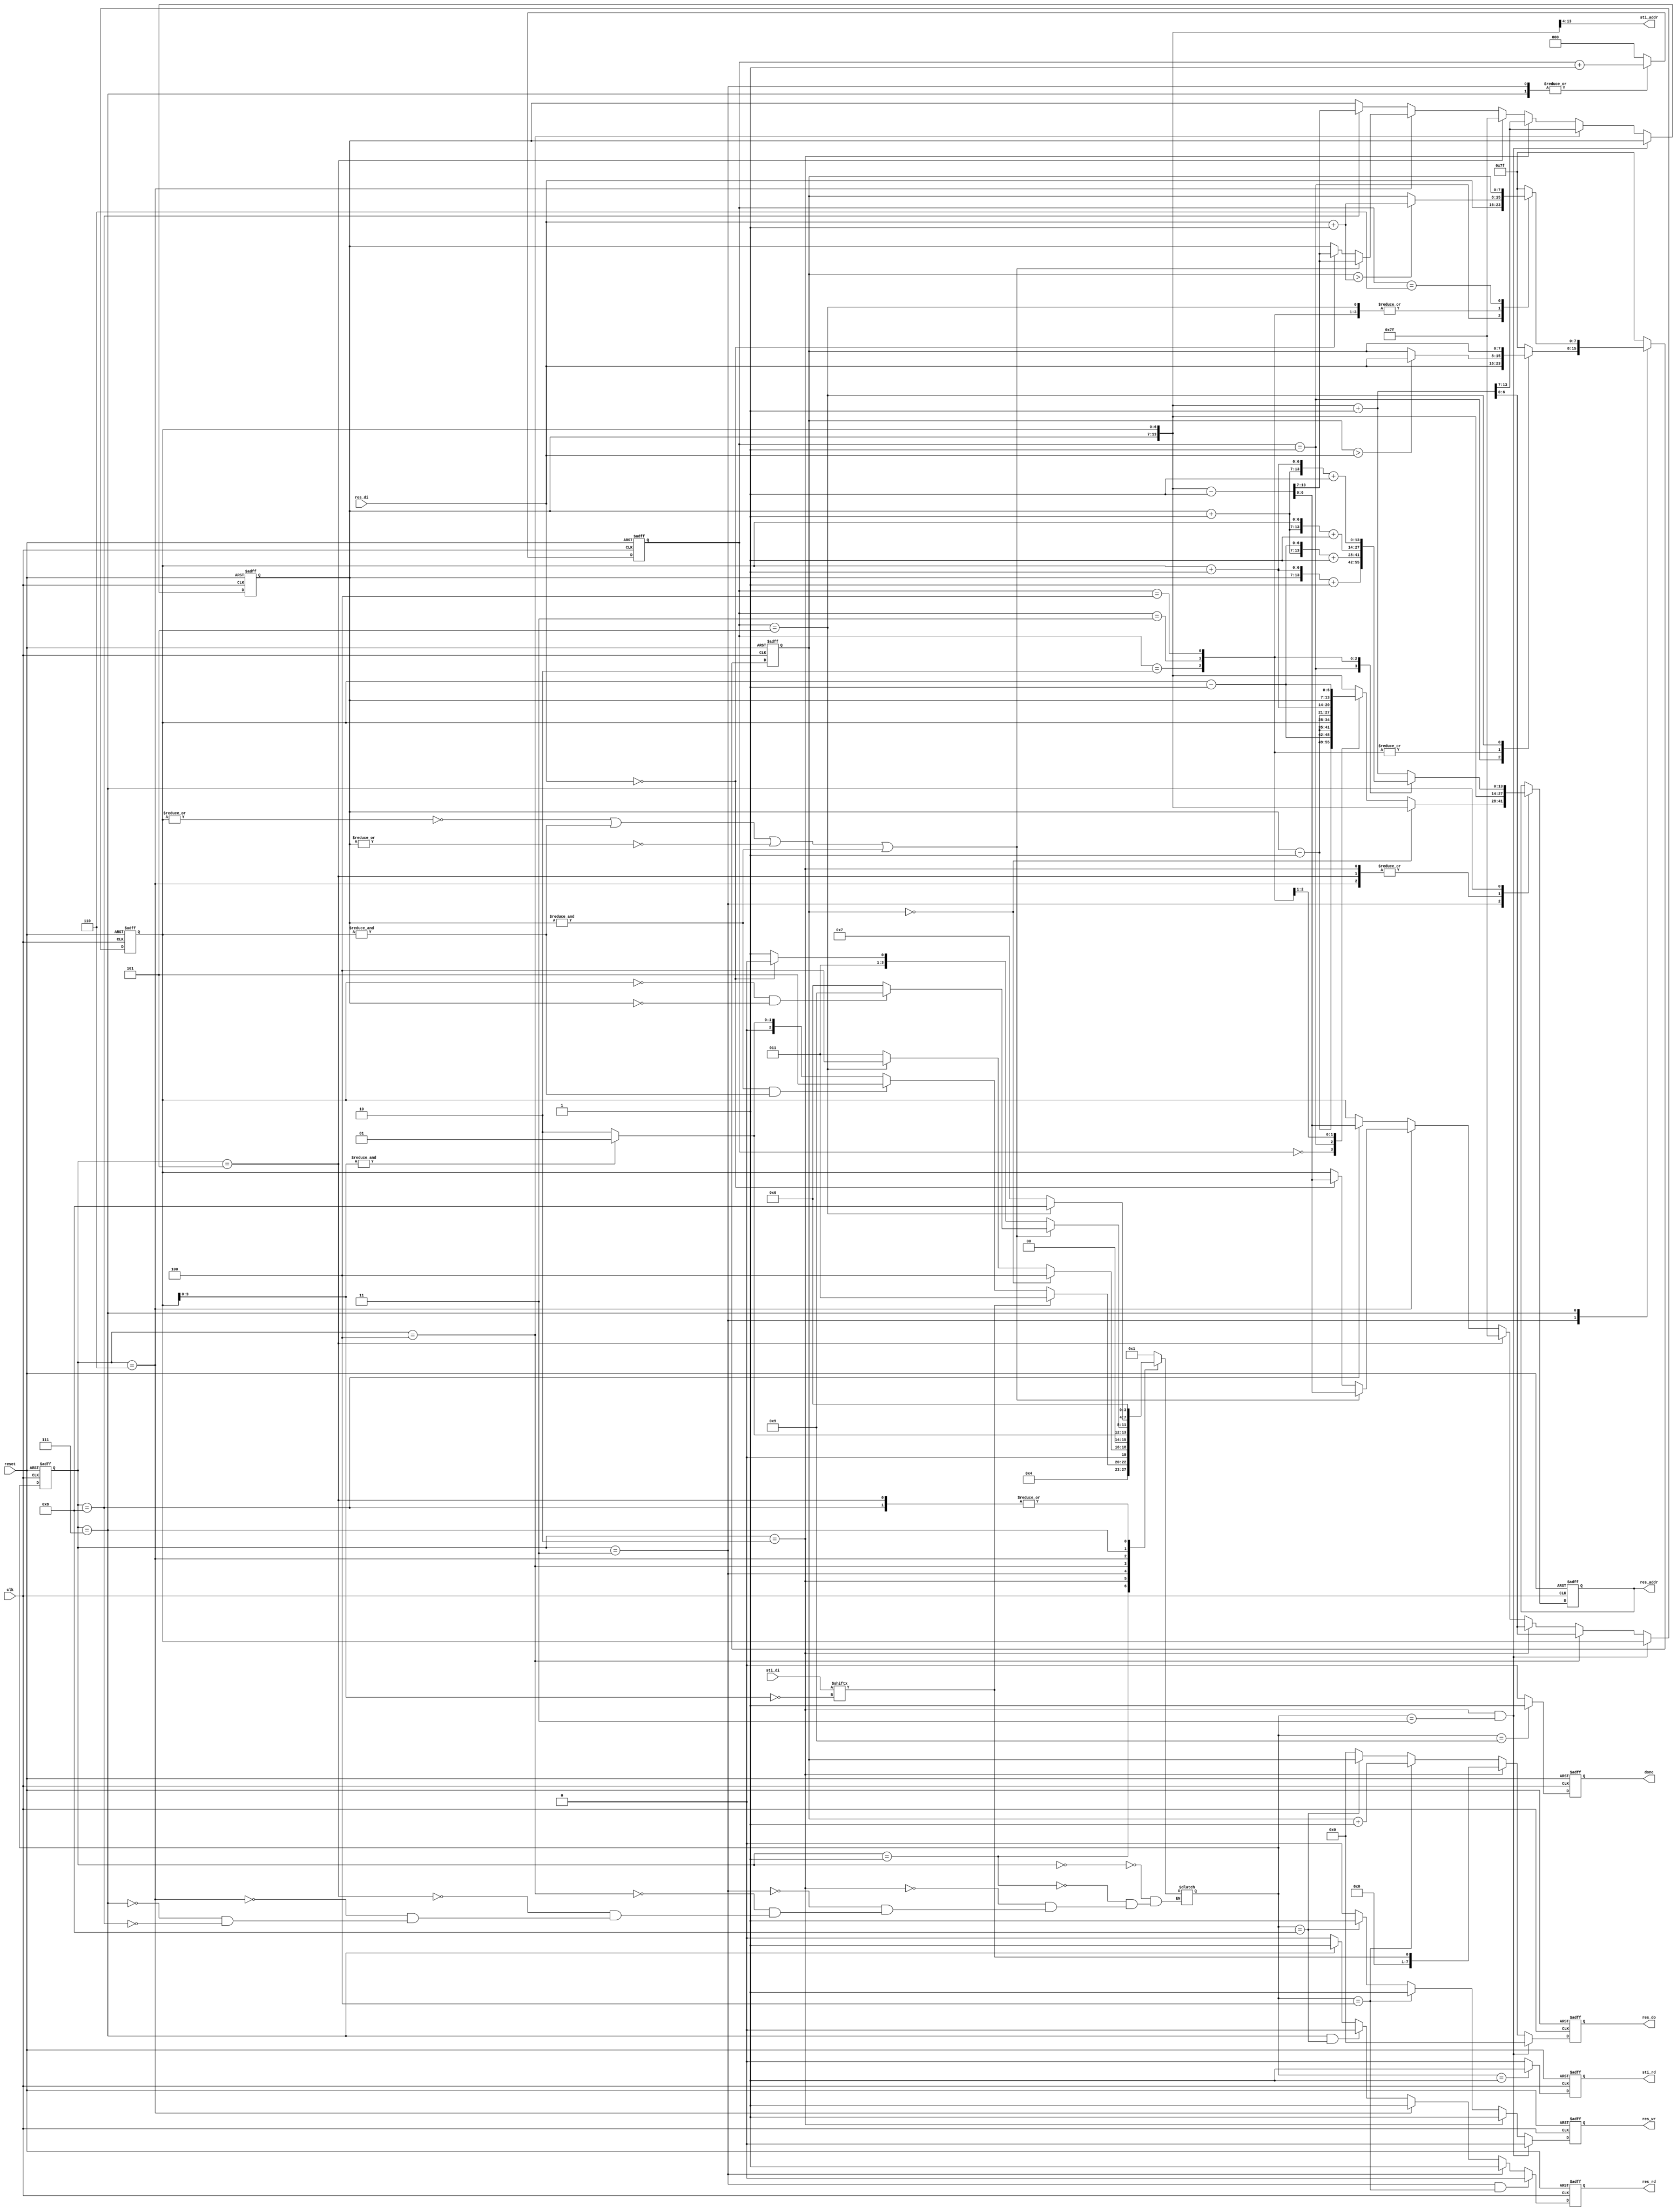
module DT(
    input 			            clk,
    input			            reset,
    output	reg		            done,
    output	reg		            sti_rd,
    output	    	[9:0]	    sti_addr,
    input		    [15:0]	    sti_di,
    output	reg		            res_wr,
    output	reg		            res_rd,
    output	reg 	[13:0]	    res_addr,
    output	reg 	[7:0]	    res_do,
    input		    [7:0]	    res_di
    );
// ////////////////////////////////////////////////
// VAR
wire [13:0] addr;
reg  [2:0]  cnt;
reg  [6:0]  pos_y, pos_x;
reg         flag;
reg  [7:0]  min;
////////////////////////////////////////////////
// STATE

reg         [3:0] cs, ns;
parameter   [3:0] IDLE            = 4'h0,
                  READ_DATA       = 4'h1,
                  WRITE_MEM       = 4'h2,
                  FORWARD         = 4'h3,
                  FORWARD_WRITE   = 4'h4,
                  INITIAL         = 4'h5,
                  BACKWARD_READ   = 4'h6,
                  BACKWARD        = 4'h7,
                  BACKWARD_WRITE  = 4'h8,
                  DONE            = 4'h9;

always @(posedge clk or negedge reset)begin
    if(!reset)begin
        cs <= IDLE;
    end
    else begin
        cs <= ns;
    end
end

always @(*)begin
    case(cs)
        IDLE:       ns <= READ_DATA;
        READ_DATA:  ns <= WRITE_MEM;
        WRITE_MEM:begin
            if(sti_di[~pos_x[3:0]] == 1'h0)begin
                if((&pos_y) && (&pos_x))begin
                    ns <= INITIAL;
                end
                else if(&pos_x[3:0])begin
                    ns <= READ_DATA;
                end
                else begin
                    ns <= WRITE_MEM;
                end
            end
            else begin
                ns <= FORWARD;
            end
        end
        FORWARD:begin
            if(min == 8'h0)begin
                ns <= FORWARD_WRITE;
            end
            else begin
            if(cnt == 3'h5)begin
                ns <= FORWARD_WRITE;
            end
            else begin
                ns <= FORWARD;
            end
            end
        end
        FORWARD_WRITE:begin
            if(&pos_x[3:0])begin
                ns <= READ_DATA;
            end
            else begin
                ns <= WRITE_MEM;
            end
        end
        INITIAL:    ns <= BACKWARD_READ;
        BACKWARD_READ:begin
            if((!(| pos_x)) || (& pos_x) || (!(| pos_y)) || (& pos_y))begin
                if((pos_x == 7'h0) && (pos_y == 7'h0))begin
                    ns <= DONE;
                end
                else begin
                    ns <= BACKWARD_READ;
                end
            end
            else begin
                if(res_di == 8'h0)begin
                    ns <= BACKWARD_READ;
                end
                else begin
                    ns <= BACKWARD;
                end
            end
        end
        BACKWARD:begin
            if(cnt == 3'h5)begin
                ns <= BACKWARD_WRITE;
            end
            else begin
                ns <= BACKWARD;
            end
        end
        BACKWARD_WRITE:     ns <= BACKWARD_READ;
    endcase
end
////////////////////////////////////////////////
// FLAG

always @(posedge clk or negedge reset)begin
    if(!reset)begin
        flag <= 1'h0;
    end
    else begin
        if((cs == WRITE_MEM) && (ns == FORWARD))begin
            flag <= 1'h1;
        end
        else begin
            flag <= 1'h0;
        end
    end
end
////////////////////////////////////////////////
// CNT

always @(posedge clk or negedge reset)begin
    if(!reset)begin
        cnt <= 3'h0;
    end
    else begin
        case(cs)
            FORWARD:    cnt <= cnt + 3'h1;
            INITIAL:    cnt <= 3'h0;
            BACKWARD:   cnt <= cnt + 3'h1;
            default:    cnt <= 3'h0;
        endcase
    end
end
////////////////////////////////////////////////
// POSITION

always @(posedge clk or negedge reset)begin
    if(!reset)begin
        {pos_y, pos_x} <= 14'h0;
    end
    else begin
        if((cs == WRITE_MEM) && (ns == FORWARD))begin
            {pos_y, pos_x} <= {pos_y, pos_x};
        end
        else if(cs == FORWARD_WRITE)begin
            {pos_y, pos_x} <= {pos_y, pos_x} + 14'h1;
        end
        else if(cs == WRITE_MEM)begin
            {pos_y, pos_x} <= {pos_y, pos_x} + 14'h1;
        end
        else if(cs == INITIAL)begin
            {pos_y, pos_x} <= {7'h7f, 7'h7f};
        end
        else if(cs == BACKWARD_READ)begin
            if((!(| pos_x)) || (& pos_x) || (!(| pos_y)) || (& pos_y))begin
                {pos_y, pos_x} <= {pos_y, pos_x} - 14'h1;
            end
            else begin
                if(res_di == 8'h0)begin
                    {pos_y, pos_x} <= {pos_y, pos_x} - 14'h1;
                end
                else begin
                    {pos_y, pos_x} <= {pos_y, pos_x};
                end
            end
        end
        else if(cs == BACKWARD_WRITE)begin
            {pos_y, pos_x} <= {pos_y, pos_x} - 14'h1;
        end
    end
end
////////////////////////////////////////////////
// ADDR

assign sti_addr = {pos_y, pos_x[6:4]};

always @(posedge clk or negedge reset)begin
    if(!reset)begin
        sti_rd <= 1'h0;
    end
    else begin
        if(ns == READ_DATA)  sti_rd <= 1'h1;
        else                 sti_rd <= 1'h0;
    end
end
////////////////////////////////////////////////
// MEM

always @(posedge clk or negedge reset)begin
    if(!reset)begin
        res_wr <= 1'h0;
    end
    else begin
        if((cs == WRITE_MEM) && (ns == FORWARD))begin
            res_wr <= 1'h0;
        end
        else if(cs == WRITE_MEM)begin
            res_wr <= 1'h1;
        end
        else if(ns == FORWARD_WRITE)begin
            res_wr <= 1'h1;
        end
        else if(ns == BACKWARD_WRITE)begin
            res_wr <= 1'h1;
        end
        else begin
            res_wr <= 1'h0;
        end
    end
end

always @(posedge clk or negedge reset)begin
    if(!reset)begin
        res_rd <= 1'h0;
    end
    else begin
        if((cs == FORWARD) && (ns == FORWARD_WRITE))begin
            res_rd <= 1'h0;
        end
        else if(cs == FORWARD)begin
            res_rd <= 1'h1;
        end
        else if(cs == BACKWARD_READ)begin
            res_rd <= 1'h1;
        end
        else if((cs == BACKWARD) && (ns == BACKWARD_WRITE))begin
            res_rd <= 1'h0;
        end
        else if((cs == BACKWARD))begin
            res_rd <= 1'h1;
        end
        else begin
            res_rd <= 1'h0;
        end
    end
end

always @(posedge clk or negedge reset)begin
    if(!reset)begin
        res_addr <= 14'h0;
    end
    else begin
        case(cs)
            WRITE_MEM:          res_addr <= {pos_y, pos_x};
            FORWARD:begin
                if(min == 8'h0)begin
                    res_addr <= {pos_y, pos_x};
                end
                else begin
                    case(cnt)
                        0:          res_addr <= {pos_y - 7'h1, pos_x - 7'h1};
                        1:          res_addr <= {pos_y - 7'h1, pos_x       };
                        2:          res_addr <= {pos_y - 7'h1, pos_x + 7'h1};
                        3:          res_addr <= {pos_y       , pos_x - 7'h1};
                        default:    res_addr <= {pos_y       , pos_x       };
                    endcase
                end
            end
            INITIAL:            res_addr <= {pos_y, pos_x};
            BACKWARD_READ:      res_addr <= {pos_y, pos_x};
            BACKWARD:begin
                case(cnt)
                    0:          res_addr <= {pos_y       , pos_x       } + 14'h1;
                    1:          res_addr <= {pos_y       , pos_x + 7'h1} + 14'h1;
                    2:          res_addr <= {pos_y + 7'h1, pos_x - 7'h1} + 14'h1;
                    3:          res_addr <= {pos_y + 7'h1, pos_x       } + 14'h1;
                    4:          res_addr <= {pos_y + 7'h1, pos_x + 7'h1} + 14'h1;
                    default:    res_addr <= {pos_y       , pos_x       } + 14'h1;
                endcase
            end
        endcase
    end
end

always @(posedge clk or negedge reset)begin
    if(!reset)begin
        res_do <= 8'h0;
    end
    else begin
        if((cs == WRITE_MEM) && (ns == FORWARD))begin
            res_do <= 8'h0;
        end
        else if(cs == WRITE_MEM)begin
            res_do <= {7'h0, sti_di[~pos_x[3:0]]};
        end
        else if(ns == FORWARD_WRITE)begin
            res_do <= (min + 7'h1);
        end
        else if(ns == BACKWARD_WRITE)begin
            res_do <= min;
        end
        else begin
            res_do <= 8'h0;
        end
    end
end
////////////////////////////////////////////////
// PROCESS

always @(posedge clk or negedge reset)begin
    if(!reset)begin
        min <= 7'h7f;
    end
    else begin
        case(cs)
            FORWARD:begin
                case(cnt)
                    1:          min <= res_di;
                    2:          min <= (min > res_di) ? res_di : min;
                    3:          min <= (min > res_di) ? res_di : min;
                    4:          min <= (min > res_di) ? res_di : min;
                    5:          min <= min;
                    default:    min <= 7'h7f;
                endcase
            end
            INITIAL:            min <= 7'h7f;
            BACKWARD:begin
                case(cnt)
                    1:          min <= res_di;
                    2:          min <= (min > (res_di + 8'h1)) ? (res_di + 8'h1): min;
                    3:          min <= (min > (res_di + 8'h1)) ? (res_di + 8'h1): min;
                    4:          min <= (min > (res_di + 8'h1)) ? (res_di + 8'h1): min;
                    5:          min <= (min > (res_di + 8'h1)) ? (res_di + 8'h1): min;
                    6:          min <= min;
                    default:    min <= 7'h7f;
                endcase
            end
            default:    min <= 7'h7f;
        endcase
    end
end
////////////////////////////////////////////////
// CONTROL

always @(posedge clk or negedge reset)begin
    if(!reset)begin
        done <= 1'h0;
    end
    else begin
        if(ns == DONE)  done <= 1'h1;
        else            done <= 1'h0;
    end
end
////////////////////////////////////////////////

endmodule